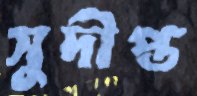
সুদীপ্ত